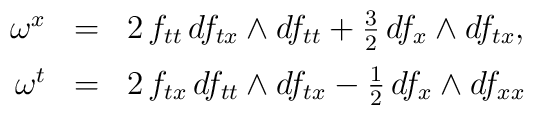
\begin{array}{rcl} \omega^{x} & = & 2 \, f_{tt} \, d f_{tx} \wedge d f_{tt}                  +  \frac{3}{2} \, d f_{x} \wedge d f_{tx} , \\[2mm] \omega^{t} & = & 2 \, f_{tx} \, d f_{tt} \wedge d f_{tx}                  -  \frac{1}{2} \, d f_{x} \wedge d f_{xx}\end{array}